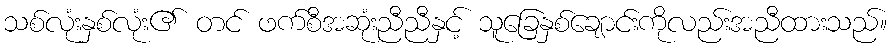
သစ်လုံးနှစ်လုံး၏ တင် ဖက်စီအဆုံးညီညီနှင့် သူခြေနှစ်ချောင်းကိုလည်းအညီထားသည်။